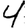
Digit: 4